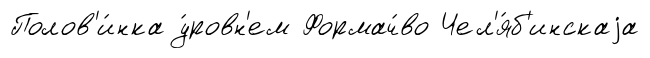
Полов'и́нка у́ровн'ем Формач́во Чел'я́б'инскаjа